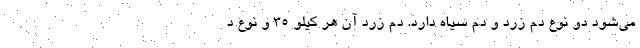
می‌شود دو نوع دم زرد و دم سیاه دارد. دم زرد آن هر کیلو ۳۵ و نوع د